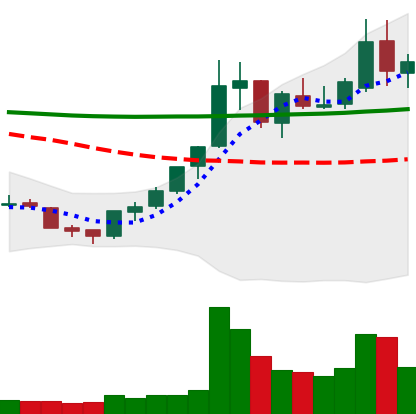
Ticker: XLM-USD
Chart end date: 2018-07-27
Forward return: -12.817%
Label: down_7plus